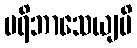
ပရိဘာသေယျပိ